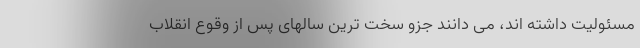
مسئولیت داشته اند، می دانند جزو سخت ترین سالهای پس از وقوع انقلاب